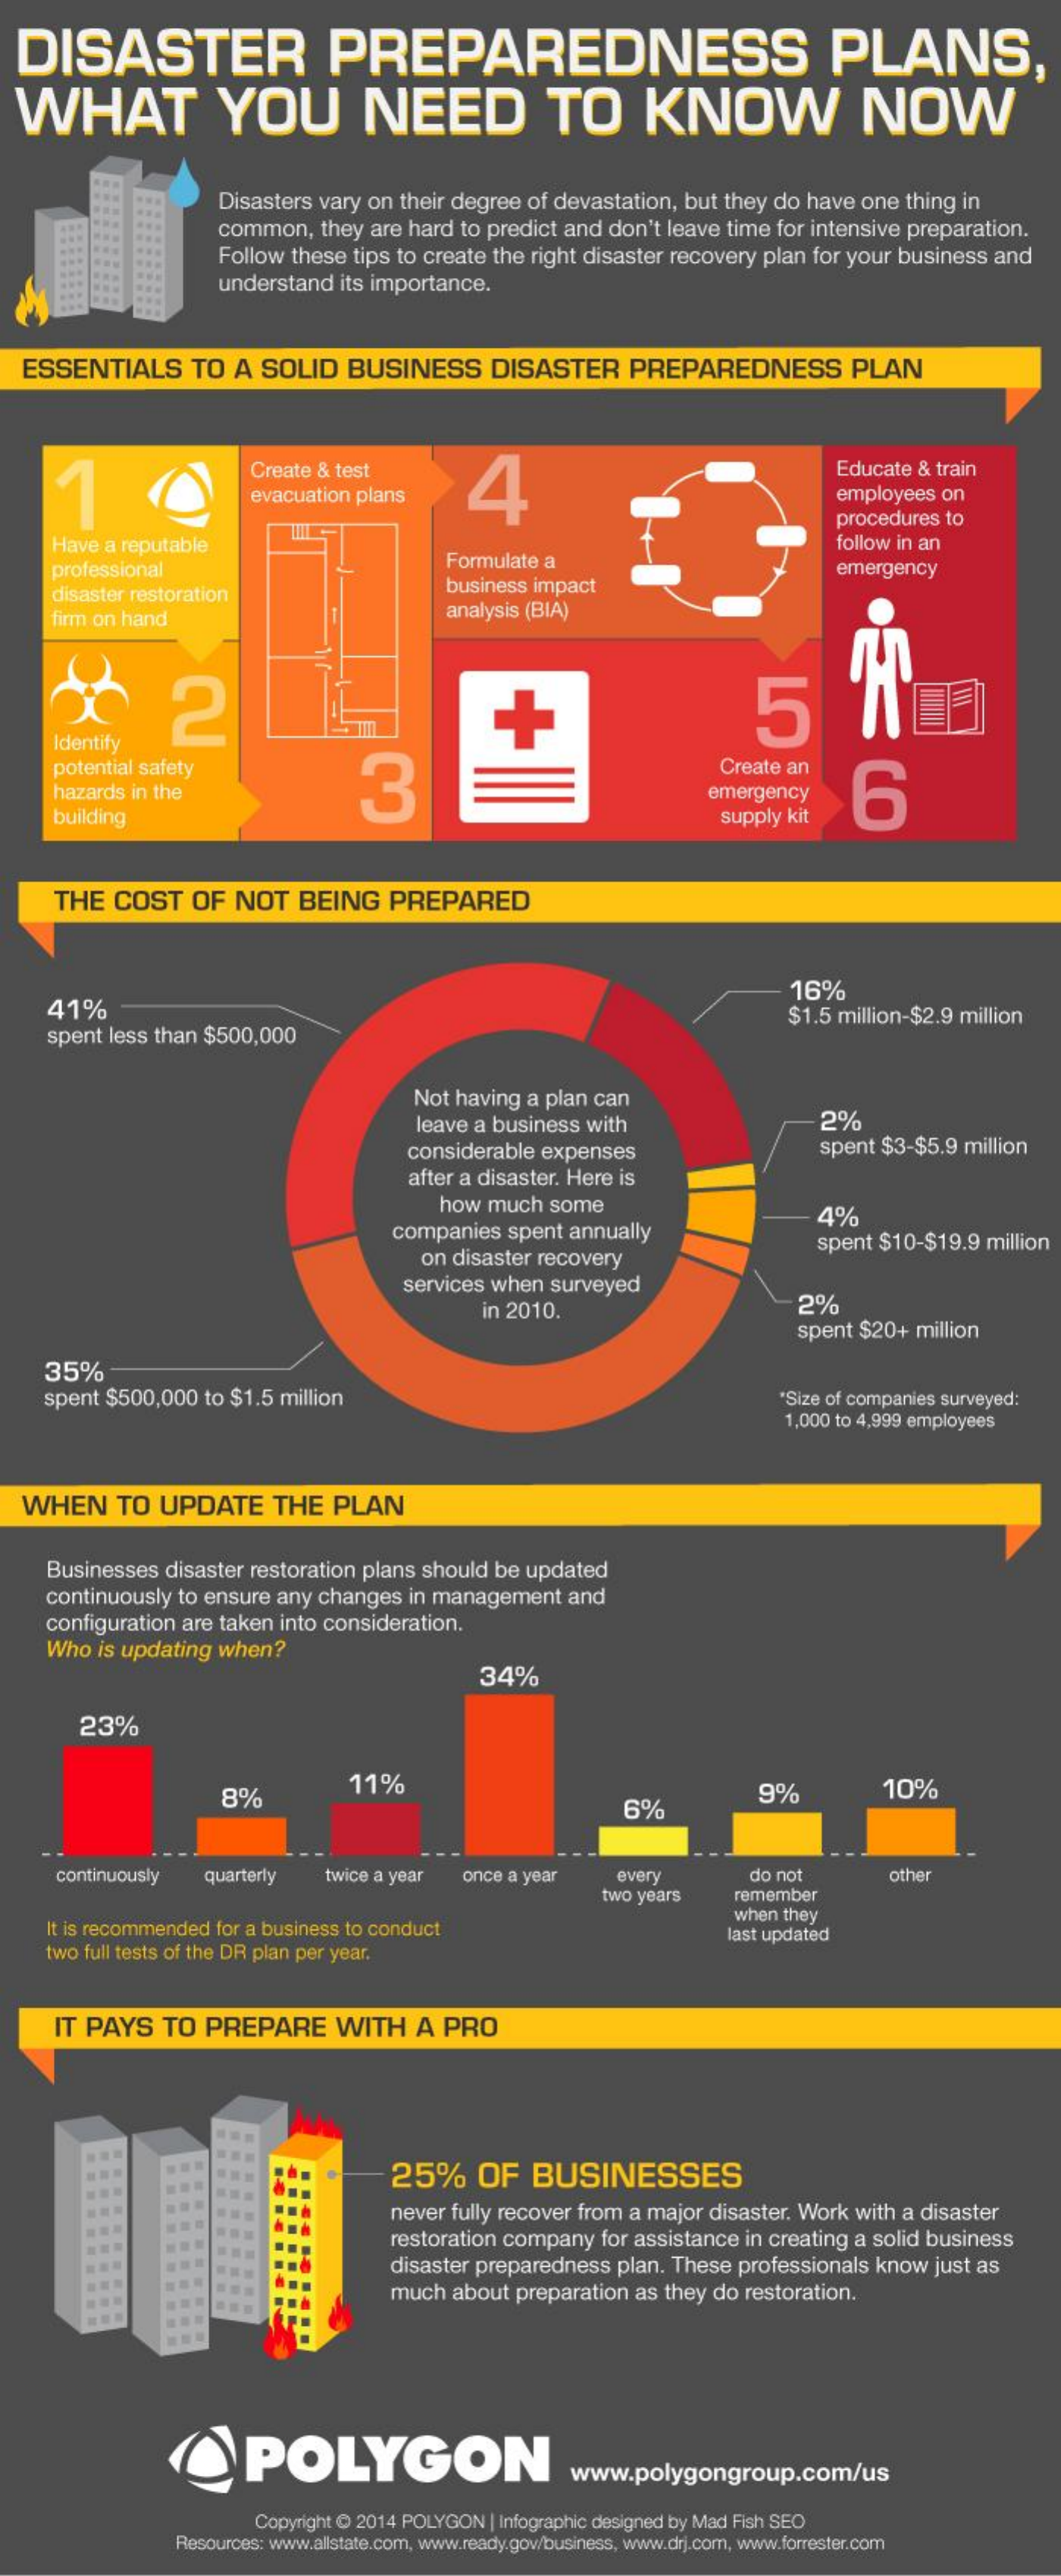
DISASTER    PREPAREDNESS    PLANS,
  WHAT    YOU    NEED    TO    KNOW    NOW
     Disasters  vary on  their degree  of devastation,   but they do  have  one  thing  in
     common,    they are  hard  to predict and  don't leave  time  for intensive preparation.
     Follow   these tips to create  the right disaster  recovery  plan  for your  business  and
     understand    its importance.
   ESSENTIALS    TO  A  SOLID    BUSINESS    DISASTER    PREPAREDNESS    PLAN
     Create  & test
     4
     Educate  & train
     evacuation  plans    employees  on
     procedures  to
     Have  a reputable
     professional    Formulate  a
     follow in an
     emergency
     disaster restoration    business  impact
     firm on hand    analysis (BIA)
     2    5
     Identify
     potential safety
     3
     Create an
     6 hazards in the emergency
     building    supply kit
     THE   COST    OF   NOT    BEING    PREPARED
     41%
     16%
     spent less than  $500,000
     $1.5  million-$2.9 million
     Not  having  a plan can
     leave a business  with    2%
     considerable   expenses    spent $3-$5.9   million
     after a disaster. Here is
     how   much  some
     companies    spent  annually
     4%
     on disaster  recovery
     spent $10-$19.9   million
     services  when   surveyed
     in 2010.    2%
     spent  $20+  million
     35%
     spent  $500,000   to $1.5 million    "Size of companies surveyed:
     1,000 to 4,999 employees
   WHEN    TO   UPDATE    THE   PLAN
     Businesses  disaster  restoration plans  should  be  updated
     continuously  to ensure  any  changes   in management    and
     configuration  are taken into consideration.
     Who  is updating  when?
     34%
     23%
     8%
     11%
     6%
     9%    10%
     continuously    quarterly    twice a year   once a year    every    do not    other
     two years    remember
     It is recommended  for a business to conduct
     when  they
     two full tests of the DR plan per year.
     last updated
     IT PAYS    TO   PREPARE    WITH    A  PRO
     25%    OF    BUSINESSES
     ...
     never fully recover from  a major  disaster. Work   with a disaster
     restoration company    for assistance  in creating  a solid business
     disaster preparedness    plan. These  professionals   know   just as
     much   about  preparation  as they  do restoration.
     ...
     OPOLYGON    www.polygongroup.com/us
     Copyright @ 2014 POLYGON  | Infographic designed by Mad Fish SEO
     Resources: www.allstate.com, www.ready.gow/business, www.drj.com, www.forrester.com